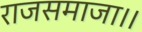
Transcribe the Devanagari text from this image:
राजसमाजा।।